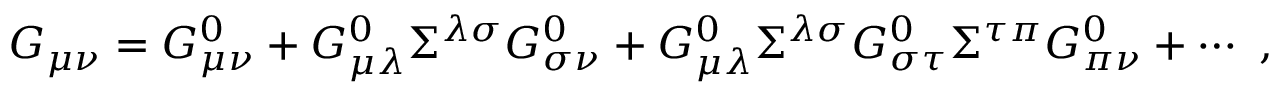
G _ { \mu \nu } = G _ { \mu \nu } ^ { 0 } + G _ { \mu \lambda } ^ { 0 } \Sigma ^ { \lambda \sigma } G _ { \sigma \nu } ^ { 0 } + G _ { \mu \lambda } ^ { 0 } \Sigma ^ { \lambda \sigma } G _ { \sigma \tau } ^ { 0 } \Sigma ^ { \tau \pi } G _ { \pi \nu } ^ { 0 } + \cdots \ ,